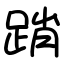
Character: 踃